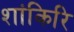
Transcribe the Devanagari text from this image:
शांकिरि